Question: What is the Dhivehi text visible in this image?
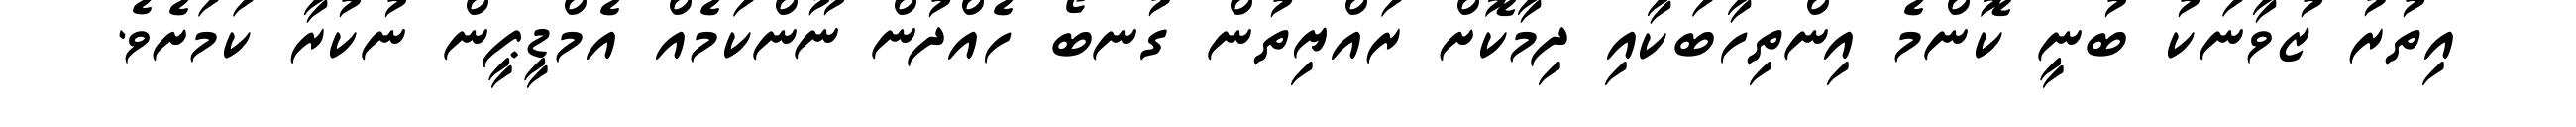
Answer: އިތުރު ޒުވާނަކު ބުނީ ކޮންމެ އިންތިހާބަކާއި ދިމާކޮށް ރައްޔިތުން ގުނބޯ ހެއްދުން ނޫންކަމެއް އެމްޑީޕީން ނުކުރާ ކަމަށެވެ.